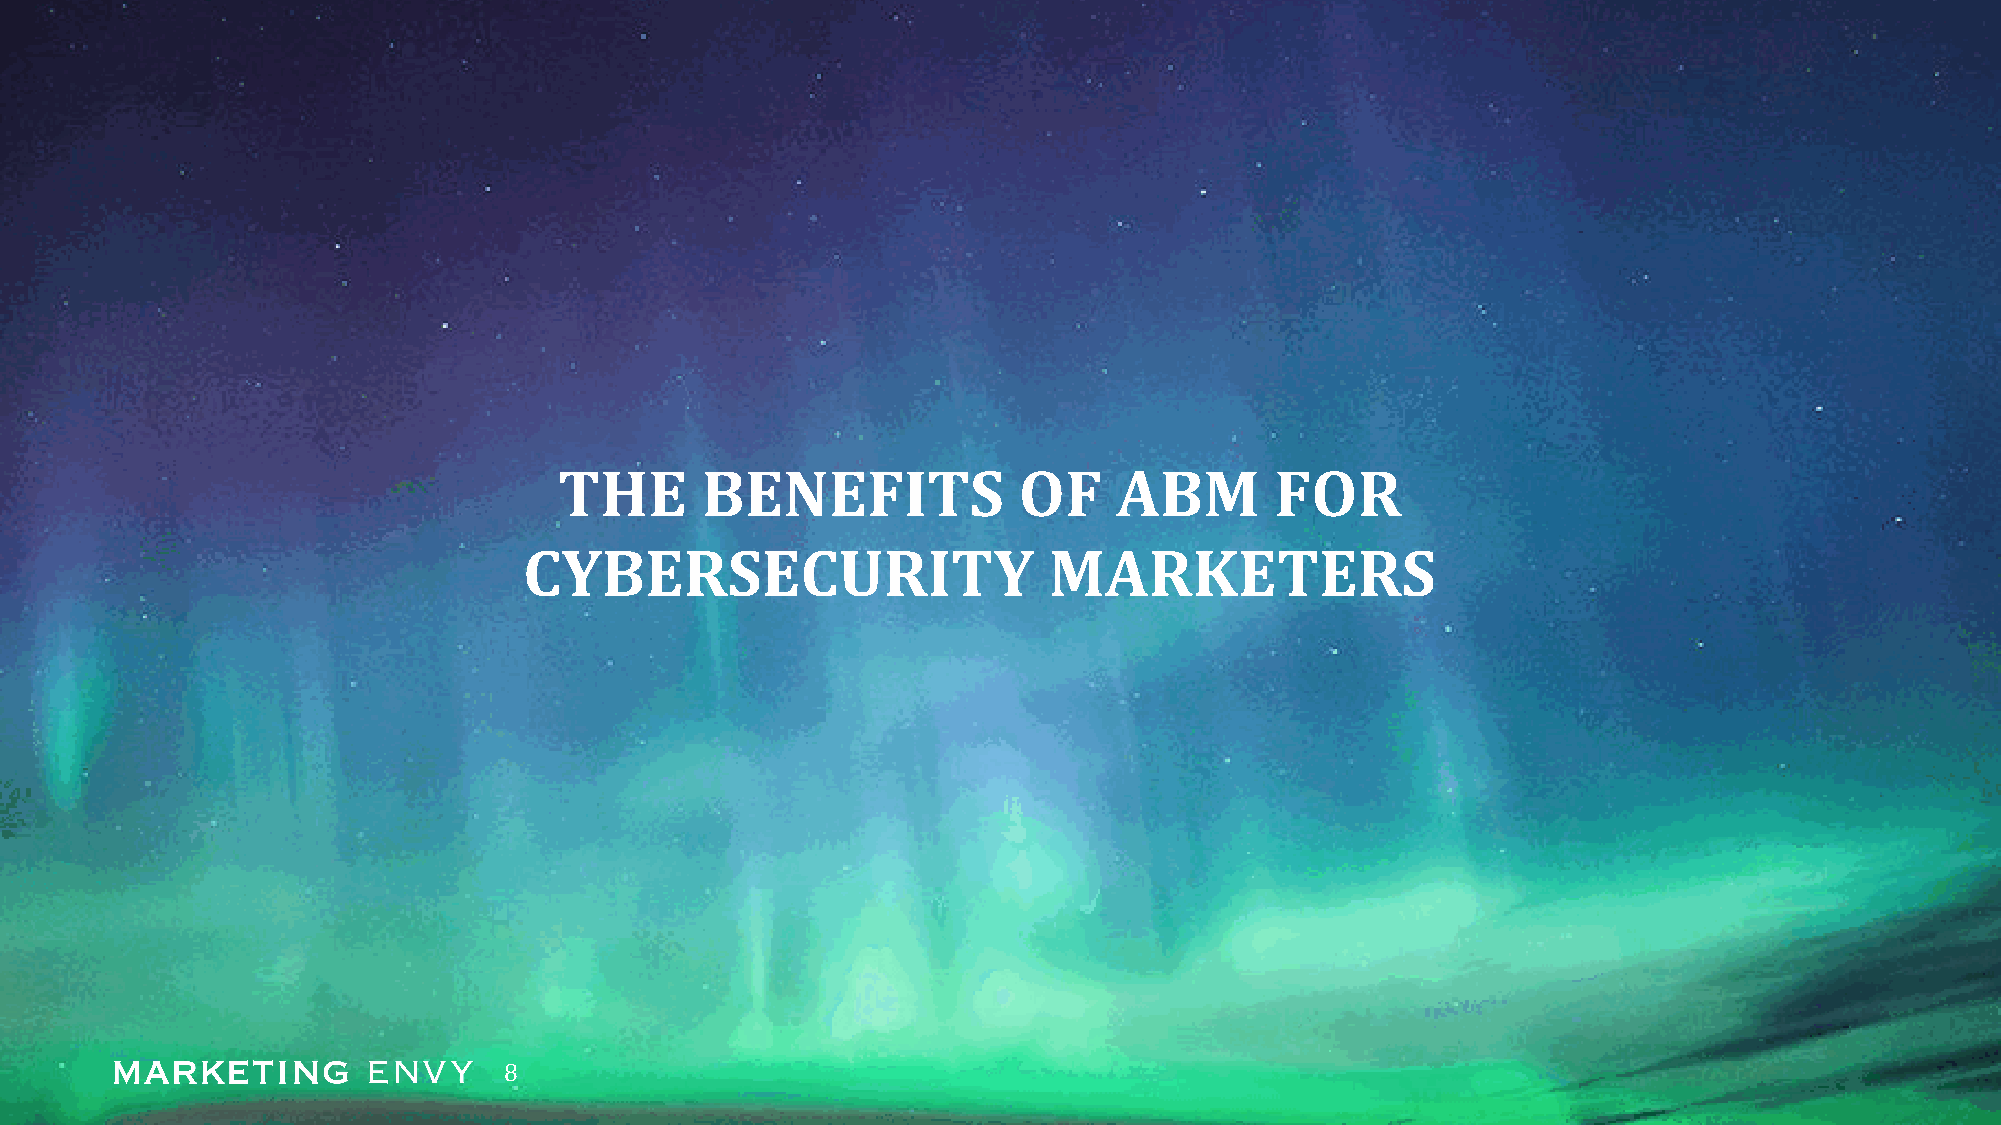
THE      BENEFITS             OF     ABM       FOR
 CYBERSECURITY                     MARKETERS
 8